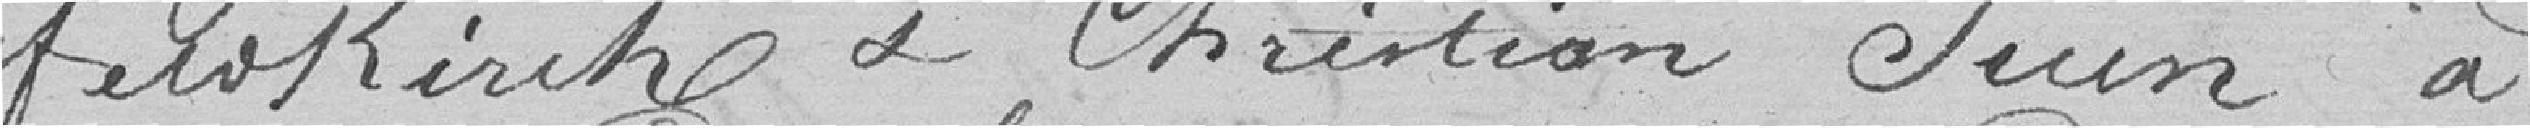
Ferokirche et Christian Jeun à